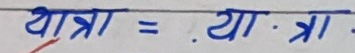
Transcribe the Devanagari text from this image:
यात्रा = या · त्रा